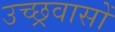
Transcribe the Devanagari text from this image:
उच्छ्रवासों